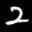
Digit: 2